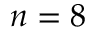
n = 8